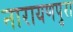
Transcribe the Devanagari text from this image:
नारायणपुरा